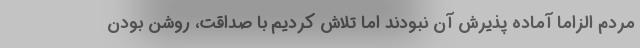
مردم الزاما آماده پذیرش آن نبودند اما تلاش کردیم با صداقت، روشن بودن